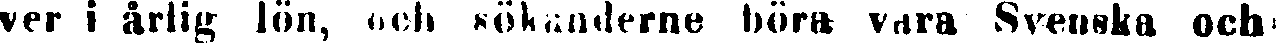
ver i årlig lön, och sökanderne böra vara Svenska och